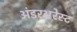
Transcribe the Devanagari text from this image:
अंडरअरेस्ट